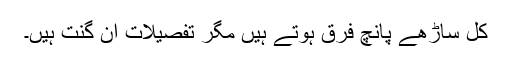
کل ساڑھے پانچ فرق ہوتے ہیں مگر تفصیلات ان گنت ہیں۔